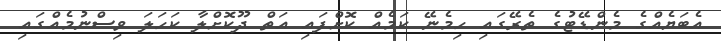
އެބަޔެއްގެ މެންޑޭޓުގެ ތެރޭގައި ހިމެނޭ ކަމެއް ކޮށްފައި އަތް ދޫކޮށްލާ ކަހަލަ ވިސްނުމެއްގައި